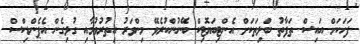
ފަހަކަށް އައިސް ތަފާތު ބަލިތަކަށް އެންޓިބަޔޮޓިކް ބޭނުންކުރެވޭ މިންވަރު އިތުރުވުމާއި ގުޅިގެން އެޕެންޑިކްސް